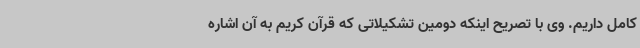
کامل داریم. وی با تصریح اینکه دومین تشکیلاتی که قرآن کریم به آن اشاره